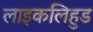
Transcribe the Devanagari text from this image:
लाइकलिहुड